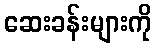
ဆေးခန်းများကို